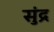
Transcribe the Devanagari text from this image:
सुंद्र